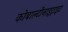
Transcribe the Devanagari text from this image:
कोबाल्टीनाइट्राइट